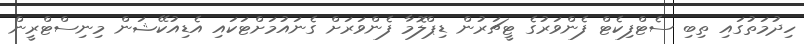
ހިދުމަތުގައި ތިބި ސެޓްފިކެޓް ފެންވަރުގެ ޓީޗަރުން ޑިޕްލޮމާ ފެންވަރަށް ގެނައުމަށްޓަކައި އެޑިއުކޭޝަން މިނިސްޓްރީން